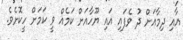
އާއި ދިމާއަށް ދު ވެފައި އައި ޔޫހާއަށް ކަމެއް ވީ ކަމަށް ހީކޮށެވެ.